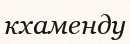
кхаменду